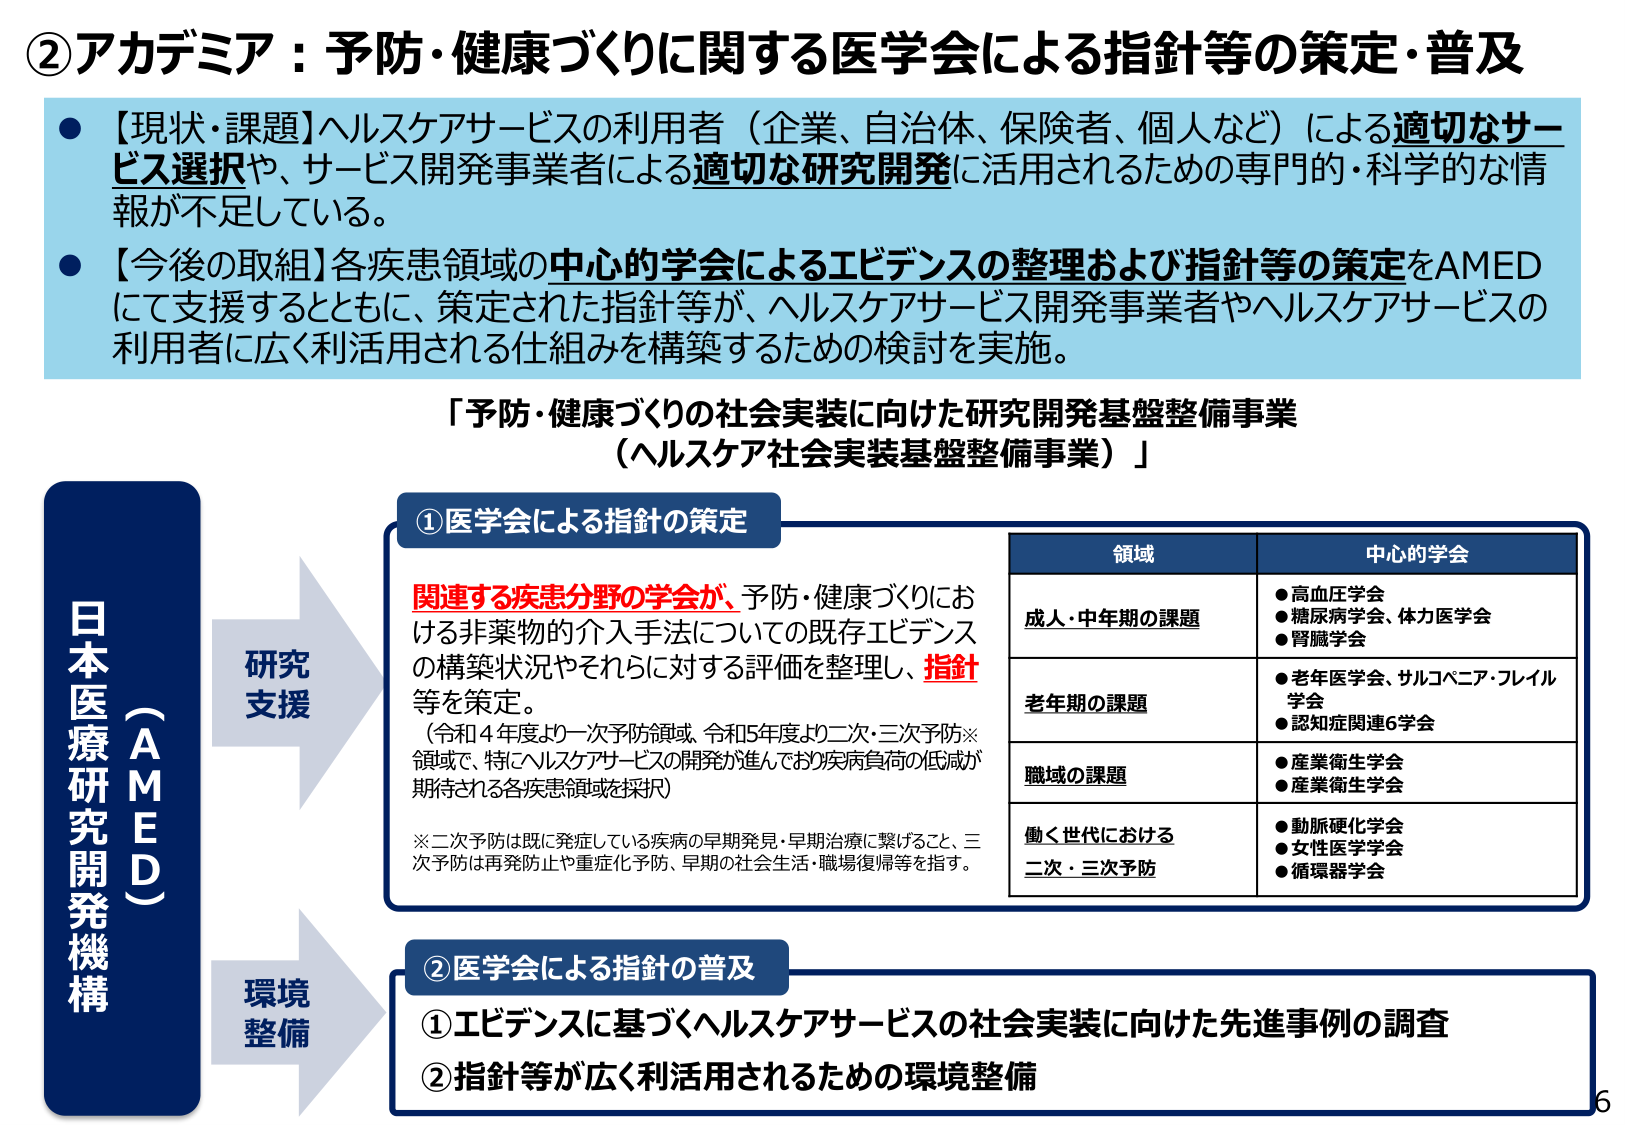
②アカデミア：予防・健康づくりに関する医学会による指針等の策定・普及

●【現状・課題】ヘルスケアサービスの利用者（企業、自治体、保険者、個人など）による適切なサービス選択や、サービス開発事業者による適切な研究開発に活用されるための専門的・科学的な情報が不足している。

●【今後の取組】各疾患領域の中心的学会によるエビデンスの整理および指針等の策定をAMEDにて支援するとともに、策定された指針等が、ヘルスケアサービス開発事業者やヘルスケアサービスの利用者に広く利活用される仕組みを構築するための検討を実施。

「予防・健康づくりの社会実装に向けた研究開発基盤整備事業（ヘルスケア社会実装基盤整備事業）」

日本医療研究開発機構（AMED）

研究支援

①医学会による指針の策定

関連する疾患分野の学会が、予防・健康づくりにおける非薬物的介入手法についての既存エビデンスの構築状況やそれらに対する評価を整理し、指針等を策定。

（令和4年度より一次予防領域、令和5年度より二次・三次予防※領域で、特にヘルスケアサービスの開発が進んでおり疾病負荷の低減が期待される各疾患領域を採択）

※二次予防は既に発症している疾病の早期発見・早期治療に繋げること、三次予防は再発防止や重症化予防、早期の社会生活・職場復帰等を指す。

領域　　　　　　　　　　中心的学会
成人・中年期の課題　　●高血圧学会
　　　　　　　　　　　　●糖尿病学会、体力医学会
　　　　　　　　　　　　●腎臓学会
老年期の課題　　　　　　●老年医学会、サルコペニア・フレイル学会
　　　　　　　　　　　　●認知症関連6学会
職域の課題　　　　　　●産業衛生学会
　　　　　　　　　　　　●産業衛生学会
働く世代における　　　●動脈硬化学会
二次・三次予防　　　　●女性医学学会
　　　　　　　　　　　　●循環器学会

環境整備

②医学会による指針の普及

①エビデンスに基づくヘルスケアサービスの社会実装に向けた先進事例の調査
②指針等が広く利活用されるための環境整備

6